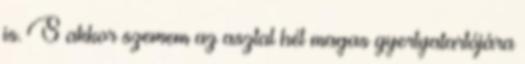
is. S akkor szemem az asztal hét magas gyertyatartójára